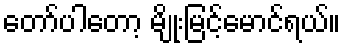
တော်ပါတော့ မျိုးမြင့်မောင်ရယ်။